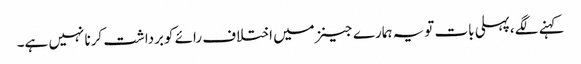
کہنے لگے،پہلی بات تویہ ہمارے جینزمیں اختلاف رائے کوبرداشت کرنا نہیں ہے۔